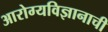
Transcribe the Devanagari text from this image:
आरोग्यविज्ञानाची